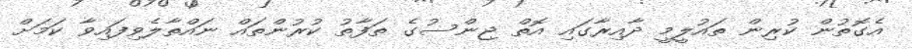
އެގޮތުން ކުރިން ތައުލީމީ ދާއިރާގައި އޮތް ޖިންސުގެ ތަފާތު ކުރުންތައް ނައްތާލެވިފައިވާ ކަމަށް